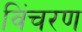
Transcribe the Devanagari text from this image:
विंचरण